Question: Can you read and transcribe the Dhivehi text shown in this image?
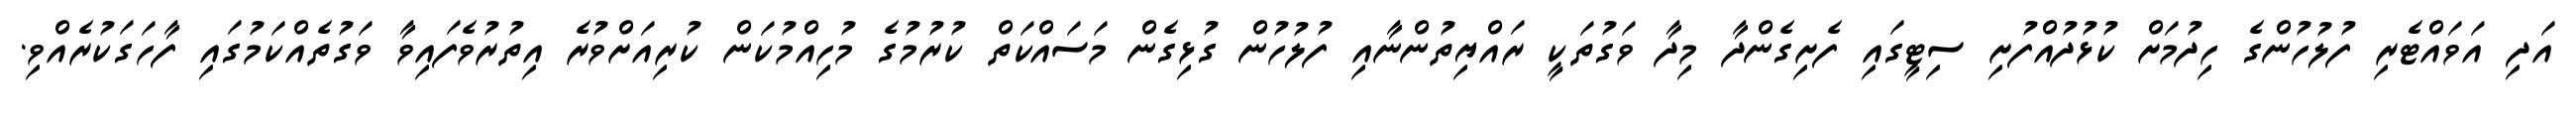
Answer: އަދި އަވައްޓެރި ފުލުހުންގެ ހިދުމަށް ކުޅުދުއްފުށި ސިޓީގައި ފެށިގެންދާ މިދާ ވަގުތަކީ ރައްޔިތުންނާއި ފުލުހުން ގުޅިގެން މަސައްކަތް ކުރުމުގެ މުހިއްމުކަން ކުރިއަށްވުރެ އިތުރުވެފައިވާ ވަގުތެއްކަމުގައި ފާހަގަކުރެއްވި.